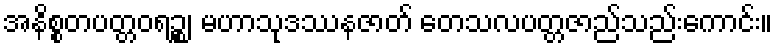
အနိစ္စတပတ္တဝရဉ္စ၊ မဟာသုဒဿနဇာတ် တေသလပတ္တဇာည်သည်းကောင်း။